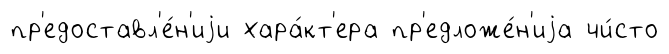
пр'едоставл'е́н'иjи хара́кт'ера пр'едложе́н'иjа чи́сто